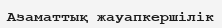
Азаматтық жауапкершілік